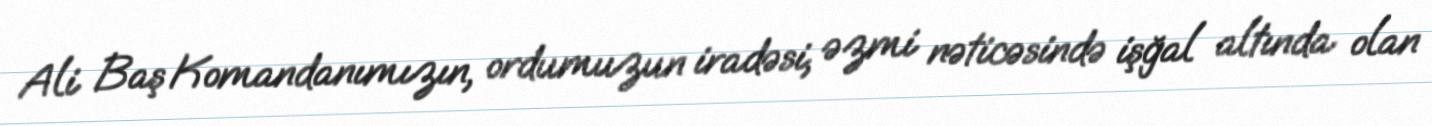
Ali Baş Komandanımızın, ordumuzun iradəsi, əzmi nəticəsində işğal altında olan